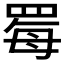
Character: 䍙